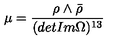
\mu = \frac { \rho \wedge \bar { \rho } } { ( d e t I m \Omega ) ^ { 1 3 } }